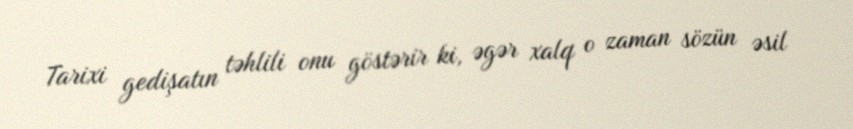
Tarixi gedişatın təhlili onu göstərir ki, əgər xalq o zaman sözün əsil